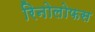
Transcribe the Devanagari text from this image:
रिनोलोफस